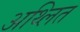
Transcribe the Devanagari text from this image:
अथ्लित